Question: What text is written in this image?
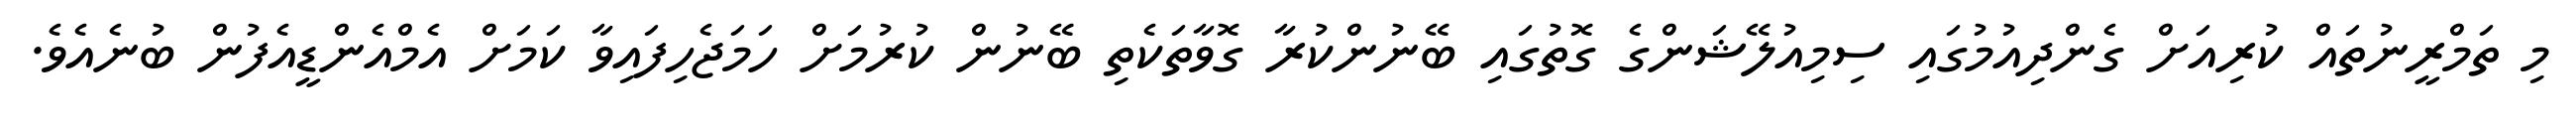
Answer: މި ތަމްރީނުތައް ކުރިއަށް ގެންދިއުމުގައި ސިމިއުލޭޝަންގެ ގޮތުގައި ބޭނުންކުރާ ގޮވާތަކެތި ބޭނުން ކުރުމަށް ހަމަޖެހިފައިވާ ކަމަށް އެމްއެންޑީއެފުން ބުނެއެވެ.